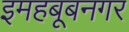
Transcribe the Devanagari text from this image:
इमहबूबनगर